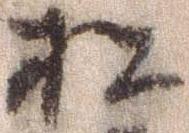
松